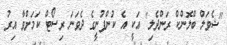
"ޝެވަލް ބްލޮންކް ރަންދެލި" އަކީ އެ ކުންފުނީގެ ދެވަނަ ރިސޯޓް ކަމަށްވާ އިރު